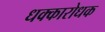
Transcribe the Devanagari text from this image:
धक्कारोधक